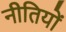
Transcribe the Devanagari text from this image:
नीतियों